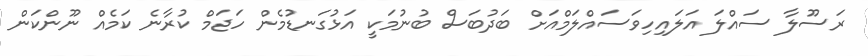
ރަސޫލާ ސައްލަ އަލައިހިވަސައްލަމްއަށް ބަދުބަސް ބުނުމަކީ އަޅުގަނޑުމެން ހަޖަމް ކުރާނެ ކަމެއް ނޫންކަން